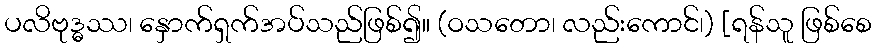
ပလိဗုဒ္ဓဿ၊ နှောက်ရှက်အပ်သည်ဖြစ်၍။ (ဝသတော၊ လည်းကောင်၊) [ရန်သူ ဖြစ်စေ